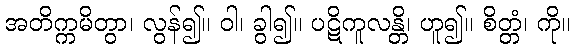
အတိက္ကမိတွာ၊ လွန်၍။ ဝါ၊ ခွါ၍။ ပဋိကူလန္တိ၊ ဟူ၍။ စိတ္တံ၊ ကို။